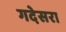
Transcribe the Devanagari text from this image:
गदेसरा